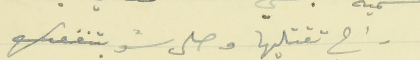
راح تقتليها وصلى شو بتنفعك